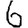
Digit: 6